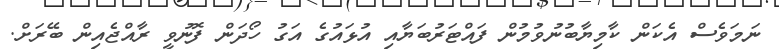
ނަމަވެސް އެކަން ކާމިޔާބުނުވުމުން ފައްޓަރުބަޔާއި އުޅައުގެ އަގު ހޯދަން ފޮނުވީ ރާއްޖެއިން ބޭރަށް.